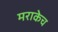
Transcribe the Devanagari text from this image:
मराकेच